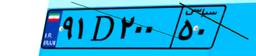
۳۶D۷۱۶۸۴